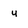
Character: u